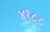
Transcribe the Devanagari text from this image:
४१८८